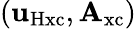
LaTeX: (\mathbf{u}_{\mathrm{{Hxc}}},\mathbf{{A}}_{\mathrm{{xc}}})